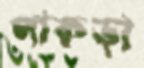
পাকড়া